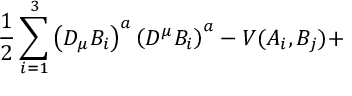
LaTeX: \frac { 1 } { 2 } \sum _ { i = 1 } ^ { 3 } \left( D _ { \mu } B _ { i } \right) ^ { a } \left( D ^ { \mu } B _ { i } \right) ^ { a } - V ( A _ { i } , B _ { j } ) +